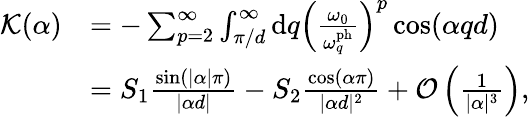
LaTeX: \begin{array}{rl}{\mathcal{K}(\alpha)}&{=-\sum_{p=2}^{\infty}\int_{\pi/d}^{\infty}\mathrm{d}q\left(\frac{\omega_{0}}{\omega_{q}^{\mathrm{ph}}}\right)^{p}\cos(\alpha qd)}\\ &{=S_{1}\frac{\sin(|\alpha|\pi)}{|\alpha d|}-S_{2}\frac{\cos(\alpha\pi)}{|\alpha d|^{2}}+\mathcal{O}\left(\frac{1}{|\alpha|^{3}}\right),}\end{array}